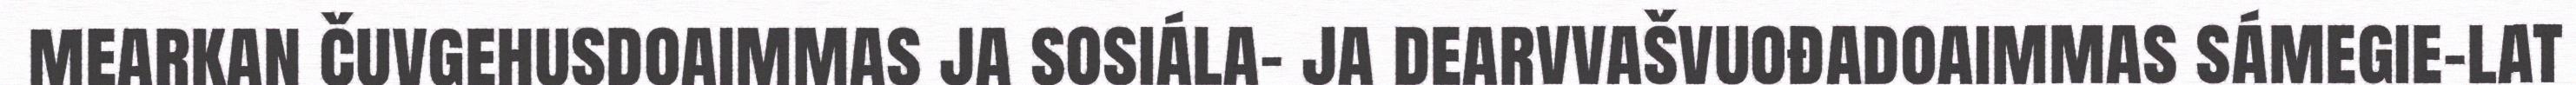
mearkan čuvgehusdoaimmas ja sosiála- ja dearvvašvuođadoaimmas sámegie-lat